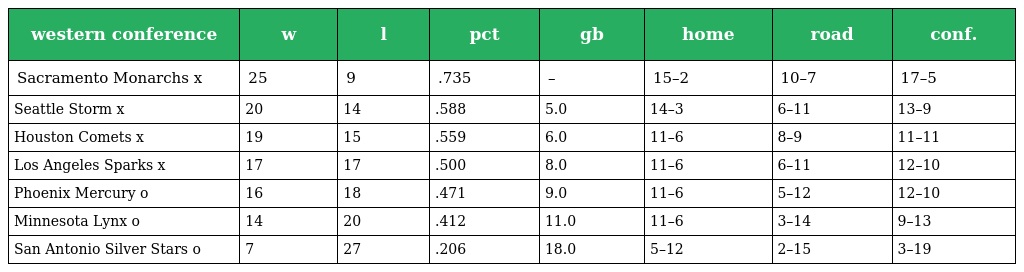
| western conference | w | l | pct | gb | home | road | conf. |
 | --- | --- | --- | --- | --- | --- | --- | --- |
 | Sacramento Monarchs x | 25 | 9 | .735 | – | 15–2 | 10–7 | 17–5 |
 | Seattle Storm x | 20 | 14 | .588 | 5.0 | 14–3 | 6–11 | 13–9 |
 | Houston Comets x | 19 | 15 | .559 | 6.0 | 11–6 | 8–9 | 11–11 |
 | Los Angeles Sparks x | 17 | 17 | .500 | 8.0 | 11–6 | 6–11 | 12–10 |
 | Phoenix Mercury o | 16 | 18 | .471 | 9.0 | 11–6 | 5–12 | 12–10 |
 | Minnesota Lynx o | 14 | 20 | .412 | 11.0 | 11–6 | 3–14 | 9–13 |
 | San Antonio Silver Stars o | 7 | 27 | .206 | 18.0 | 5–12 | 2–15 | 3–19 |